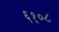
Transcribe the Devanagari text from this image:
६१०८